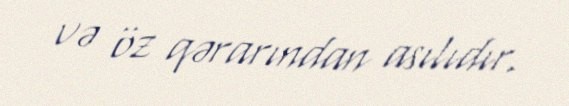
və öz qərarından asılıdır.